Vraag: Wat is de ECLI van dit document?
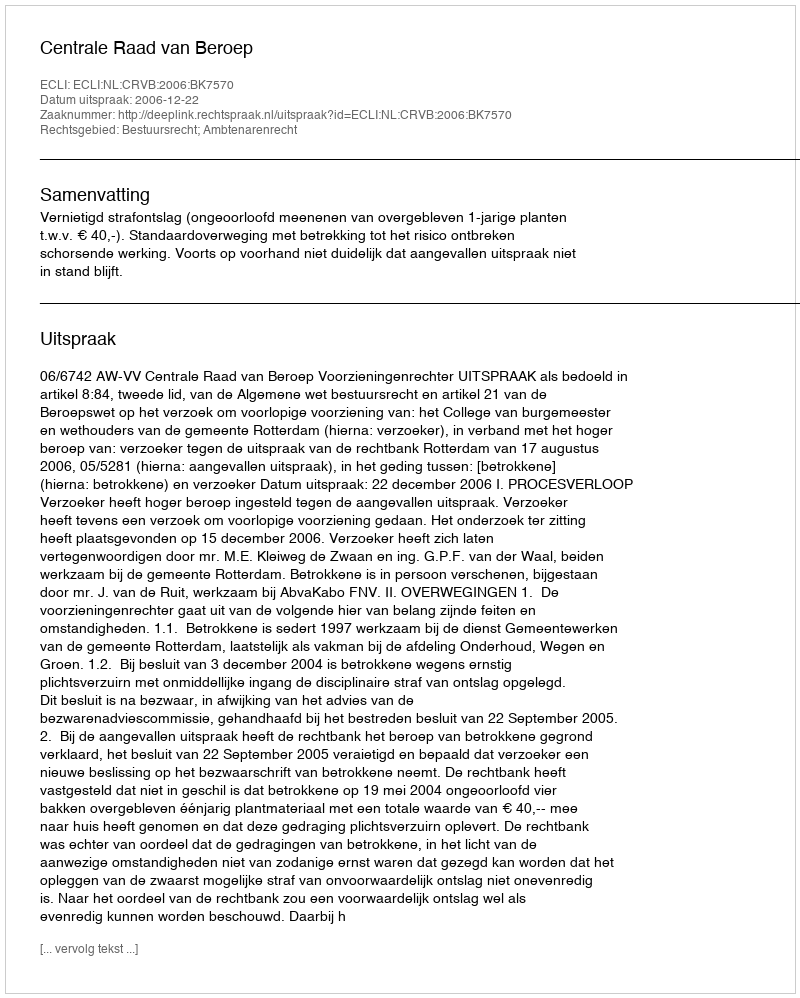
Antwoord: ECLI:NL:CRVB:2006:BK7570